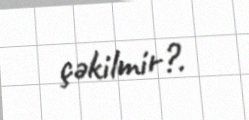
çəkilmir?.